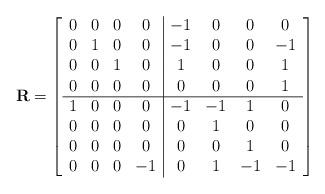
LaTeX: \begin{align*}\mathbf{R}=\left[\begin{array}{cccc|cccc} 0& 0& 0& 0&-1& 0& 0& 0\\ 0& 1& 0& 0&-1& 0& 0&-1\\ 0& 0& 1& 0& 1& 0& 0& 1\\ 0& 0& 0& 0& 0& 0& 0& 1\\ \hline 1& 0& 0& 0&-1&-1& 1& 0\\ 0& 0& 0& 0& 0& 1& 0& 0\\ 0& 0& 0& 0& 0& 0& 1& 0\\ 0& 0& 0&-1& 0& 1&-1&-1\end{array}\right]\end{align*}